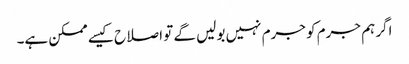
اگر ہم جرم کو جرم نہیں بولیں گے تو اصلاح کیسے ممکن ہے۔